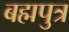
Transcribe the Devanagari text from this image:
बह्मपुत्र